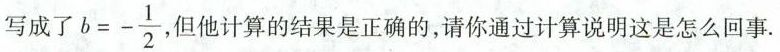
写成了 $$b=- \frac{1}{2}$$ ，但他计算的结果是正确的，请你通过计算说明这是怎么回事.